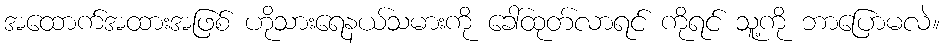
အထောက်အထားအဖြစ် ဟိုသားရေနယ်သမားကို ခေါ်ထုတ်လာရင် ကိုရင် သူ့ကို ဘာပြောမလဲ။